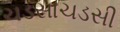
ચડસાચડસી